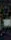
-